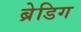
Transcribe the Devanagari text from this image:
ब्रेडिग